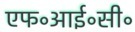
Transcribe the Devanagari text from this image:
एफ॰आई॰सी॰